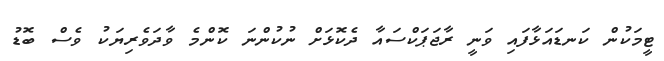
ޓީމަކުން ކަނޑައަޅާފައި ވަނީ ރާޖަޕަކްސައާ ދެކޮޅަށް ނުކުންނަ ކޮންމެ ވާދަވެރިޔަކު ވެސް ބޮޑު